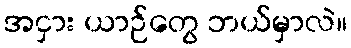
အငှား ယာဉ်တွေ ဘယ်မှာလဲ။